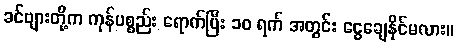
ခင်ဗျားတို့က ကုန်ပစ္စည်း ရောက်ပြီး ၁၀ ရက် အတွင်း ငွေချေနိုင်မလား။